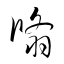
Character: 翛